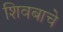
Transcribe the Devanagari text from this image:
शिवबाचे